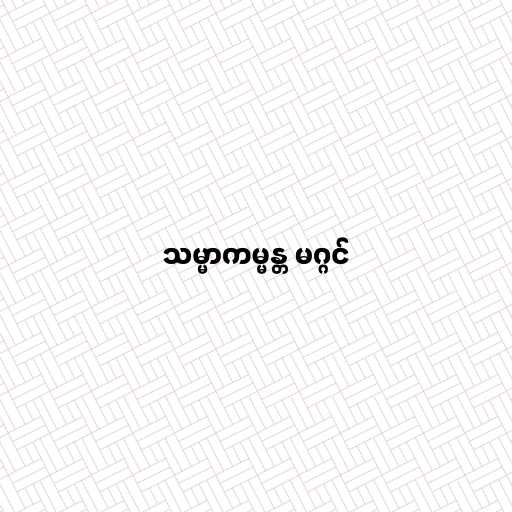
သမ္မာကမ္မန္တ မဂ္ဂင်